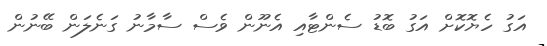
އަގު ހެޔޮކޮށް އަގު ބޮޑު ސެންޓާއި އެނޫން ވެސް ސާމާނު ގަނެލަން ބޭނުން